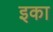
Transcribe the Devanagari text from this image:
इका